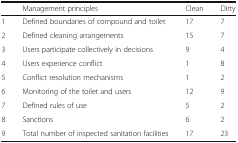
<table><thead><tr><td></td><td><b>Management principles</b></td><td><b>Clean</b></td><td><b>Dirty</b></td></tr></thead><tbody><tr><td>1</td><td>Defined boundaries of compound and toilet</td><td>17</td><td>7</td></tr><tr><td>2</td><td>Defined cleaning arrangements</td><td>15</td><td>7</td></tr><tr><td>3</td><td>Users participate collectively in decisions</td><td>9</td><td>4</td></tr><tr><td>4</td><td>Users experience conflict</td><td>1</td><td>8</td></tr><tr><td>5</td><td>Conflict resolution mechanisms</td><td>1</td><td>2</td></tr><tr><td>6</td><td>Monitoring of the toilet and users</td><td>12</td><td>9</td></tr><tr><td>7</td><td>Defined rules of use</td><td>5</td><td>2</td></tr><tr><td>8</td><td>Sanctions</td><td>6</td><td>2</td></tr><tr><td>9</td><td>Total number of inspected sanitation facilities</td><td>17</td><td>23</td></tr></tbody></table>